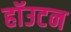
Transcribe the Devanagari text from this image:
हॉउटन